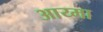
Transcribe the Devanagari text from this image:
आय्मा